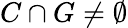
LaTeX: C\cap G\neq\emptyset